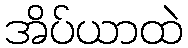
အိပ်ယာထဲ